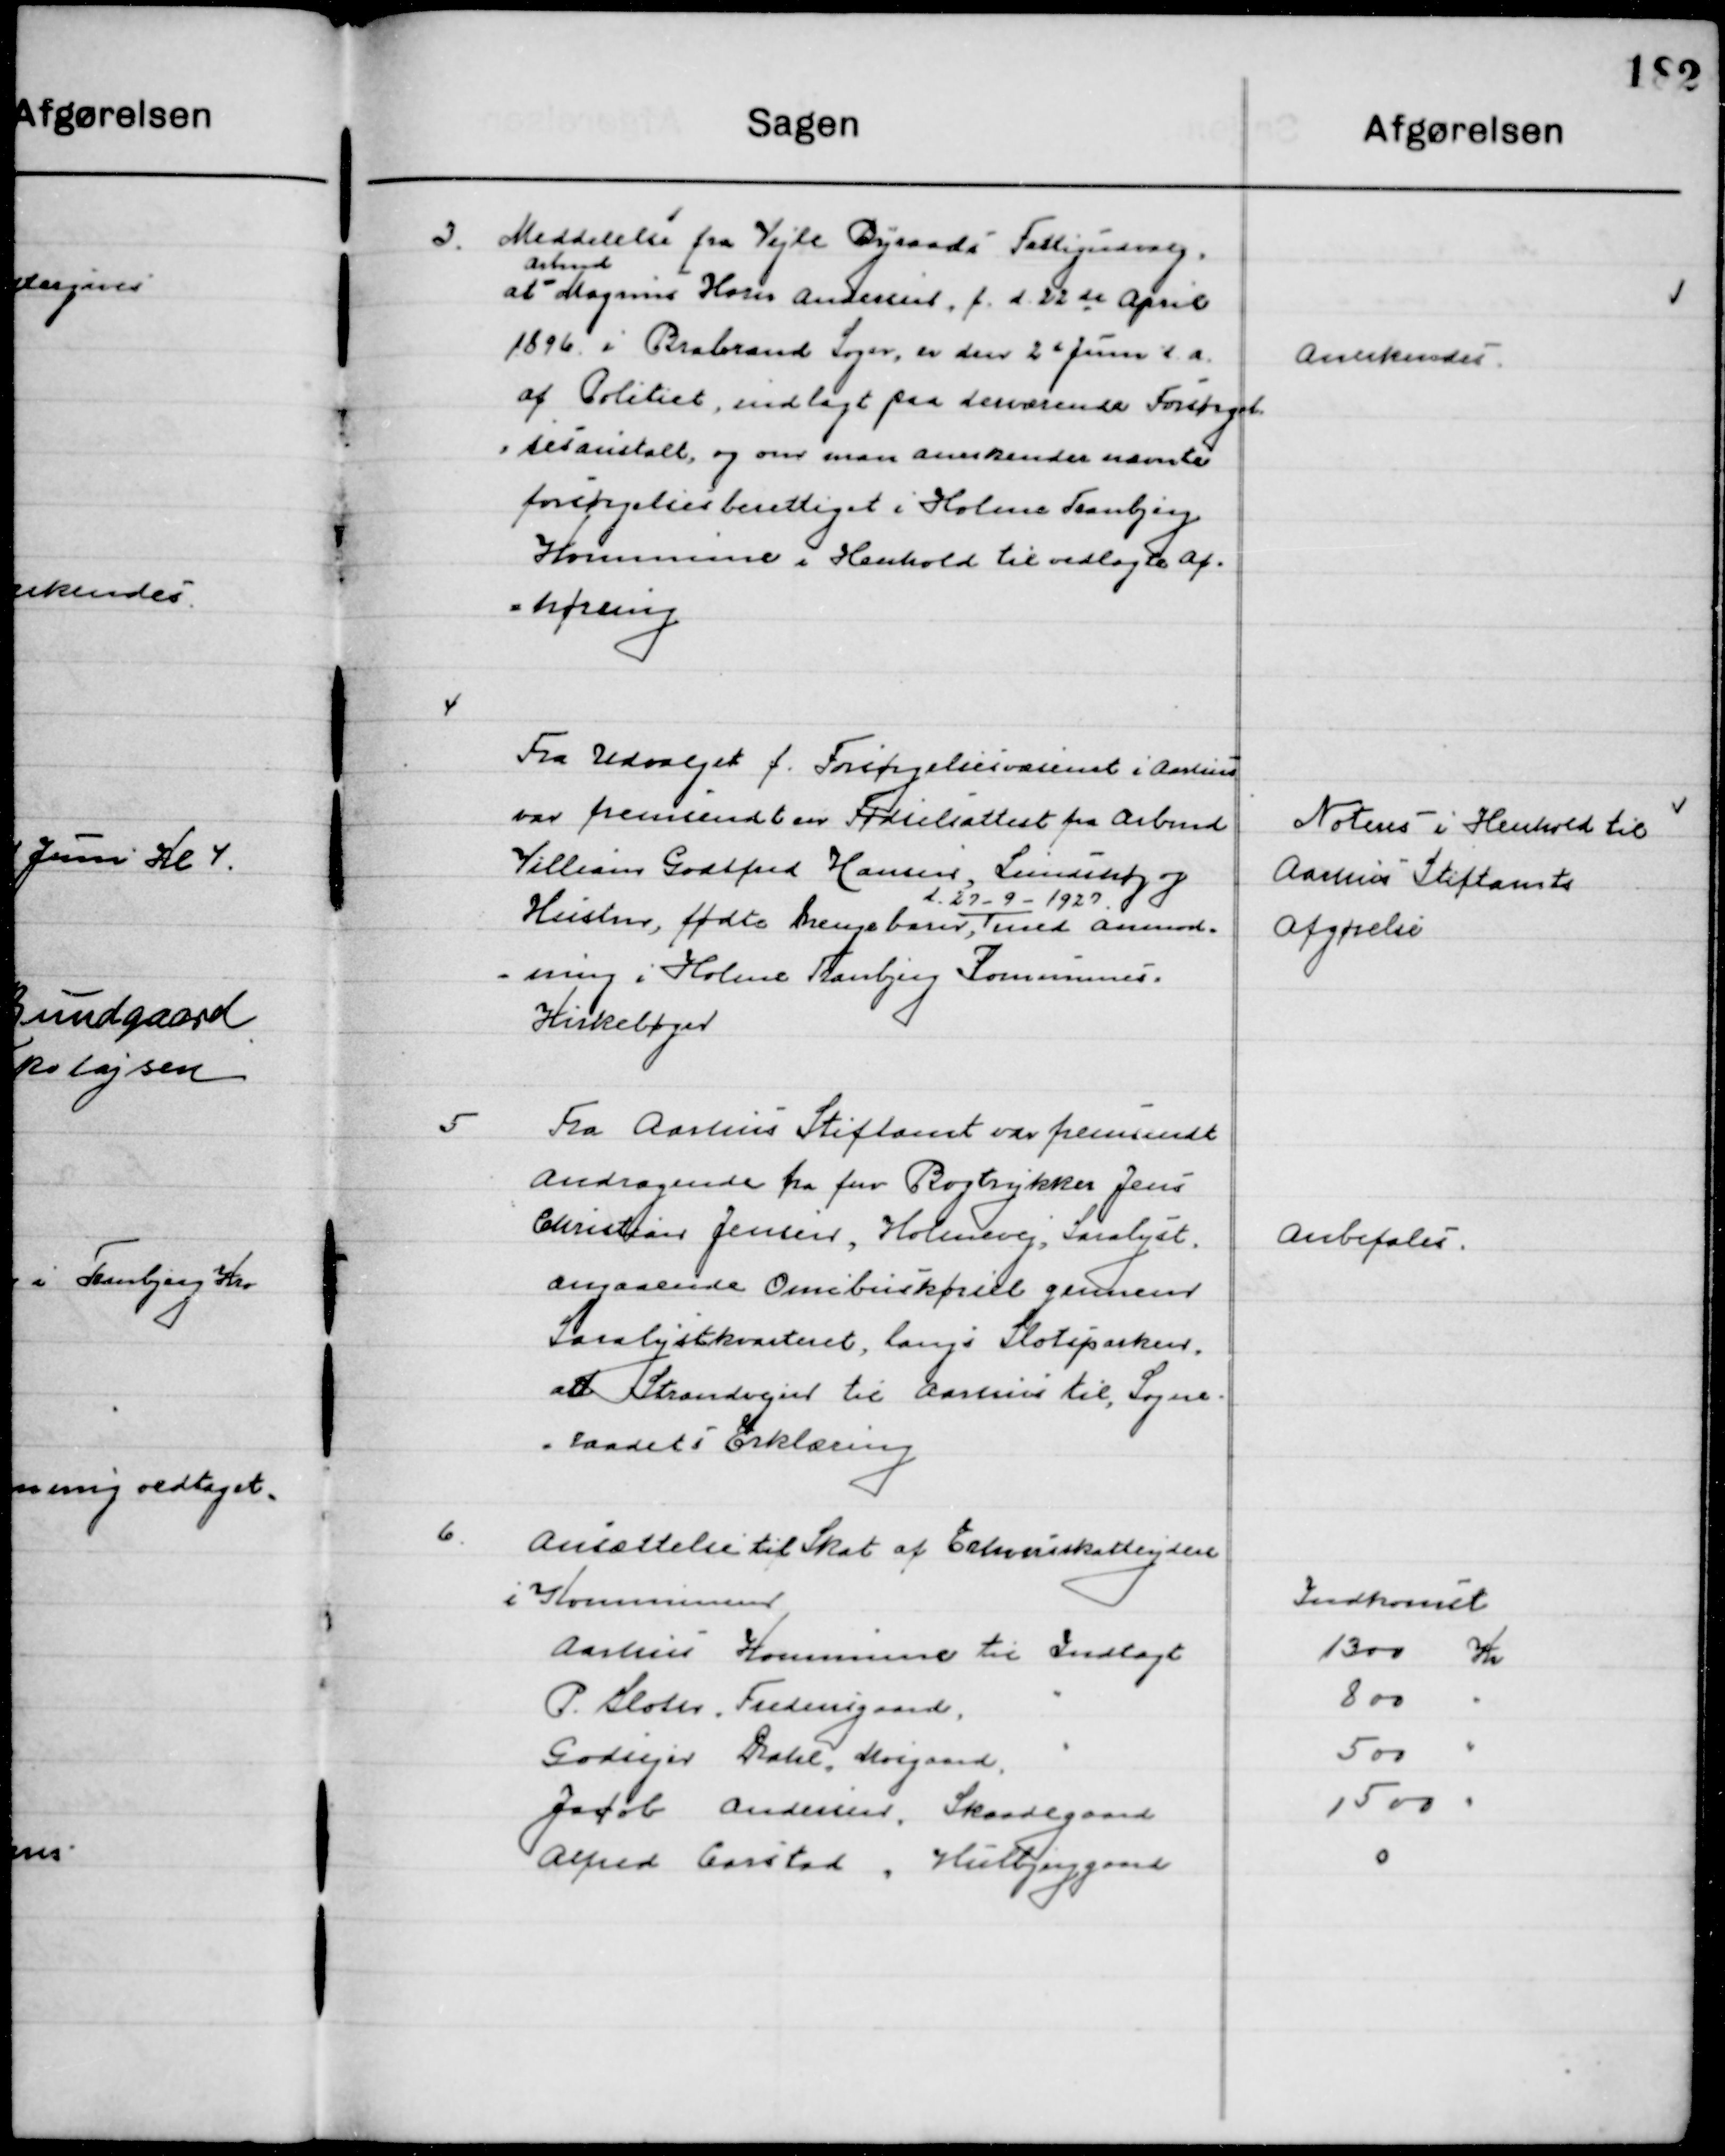
Transskription:
3

Meddelelse fra Vejle Byraads Fattigudvalg
at 
Arbmd. 
Marius Hans Andersen, f. d. 22de April
1896 i brabrand sogn, er den 2den Juni d. a.
Af Politiet, indlagt paa derværende Forsørgel-
sesanstalt, og om man anerkender nævnte
forsørgelsesberettiget i Holme Tranbjerg
Kommune i Henhold til vedlagte af-
høring.

anerkendes

4

Fra Udvalget fra Forsørgelsesvæsenet i Aarhus 
var fremsendt en fødselsattest fra Arbmd.
Villiam Godtfred Hansen, Sundshøj og
Hustru, fødte Drengebarn,
d. 27-9-1927
med anmod-
ning i Holme Tranbjerg Kommunes
Kirkebøger.

Noteres i Henhold til
Aarhus Stiftsamts 
afgørelse

5

Fra Aarhus Stiftsamt var fremsendt
Andragende fra fhv. Bogtrykker Jens
Christian Jensen, Holmsvej, Saralyst
Angaaende Omnibuskørsel gennem
Saralyst kvarteret, langs Slotsparken
ad Strandvejen til Aarhus til, Sogne- 	
raadets Erklæring.

Anbefales

6